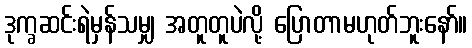
ဒုက္ခဆင်းရဲမှန်သမျှ အတူတူပဲလို့ ပြောတာမဟုတ်ဘူးနော်။